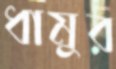
ধামুর